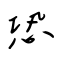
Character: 恐